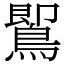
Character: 𪃹